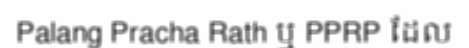
Palang Pracha Rath ឬ PPRP ដែល